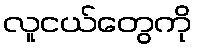
လူငယ်တွေကို